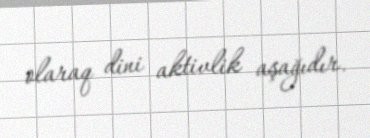
olaraq dini aktivlik aşağıdır.